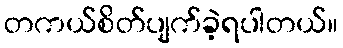
တကယ်စိတ်ပျက်ခဲ့ရပါတယ်။